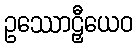
ဥဿောဠှီယေဝ